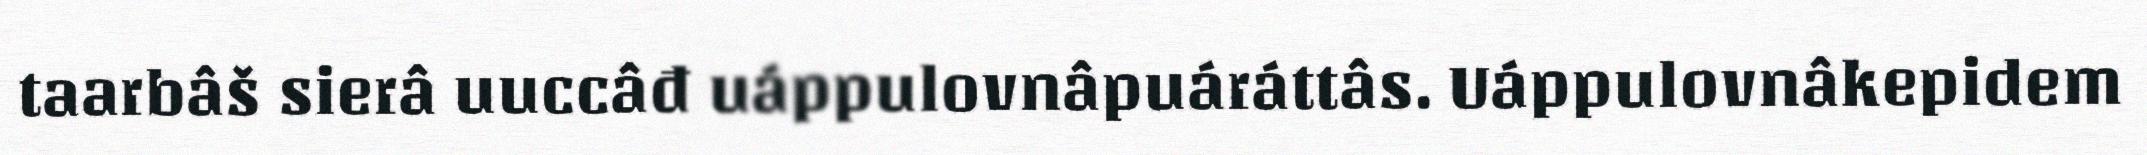
taarbâš sierâ uuccâđ uáppulovnâpuáráttâs. Uáppulovnâkepidem